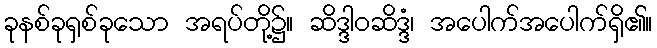
ခုနစ်ခုရှစ်ခုသော အရပ်တို့၌။ ဆိဒ္ဒါဝဆိဒ္ဒံ၊ အပေါက်အပေါက်ရှိ၏။